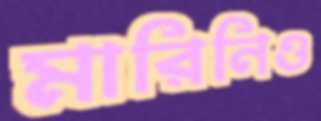
মারিনিও